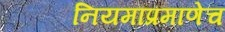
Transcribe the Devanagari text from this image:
नियमाप्रमाणेच